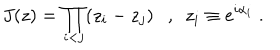
LaTeX: J ( z ) = \prod _ { i < j } ( z _ { i } - z _ { j } ) , ~ ~ z _ { i } \equiv e ^ { i \alpha _ { i } } \; .